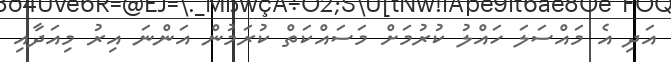
އަދި އެ މައްސަލަ ހައްލު ކުރުމަށް މަސައްކަތް ކުރަމުން އަންނަ އިރު މިއަދާއި